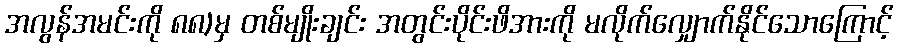
အလွန်အမင်းကို ၈၈)မှ တစ်မျိုးချင်း အတွင်းပိုင်းဖိအားကို မလိုက်လျှောက်နိုင်သောကြောင့်